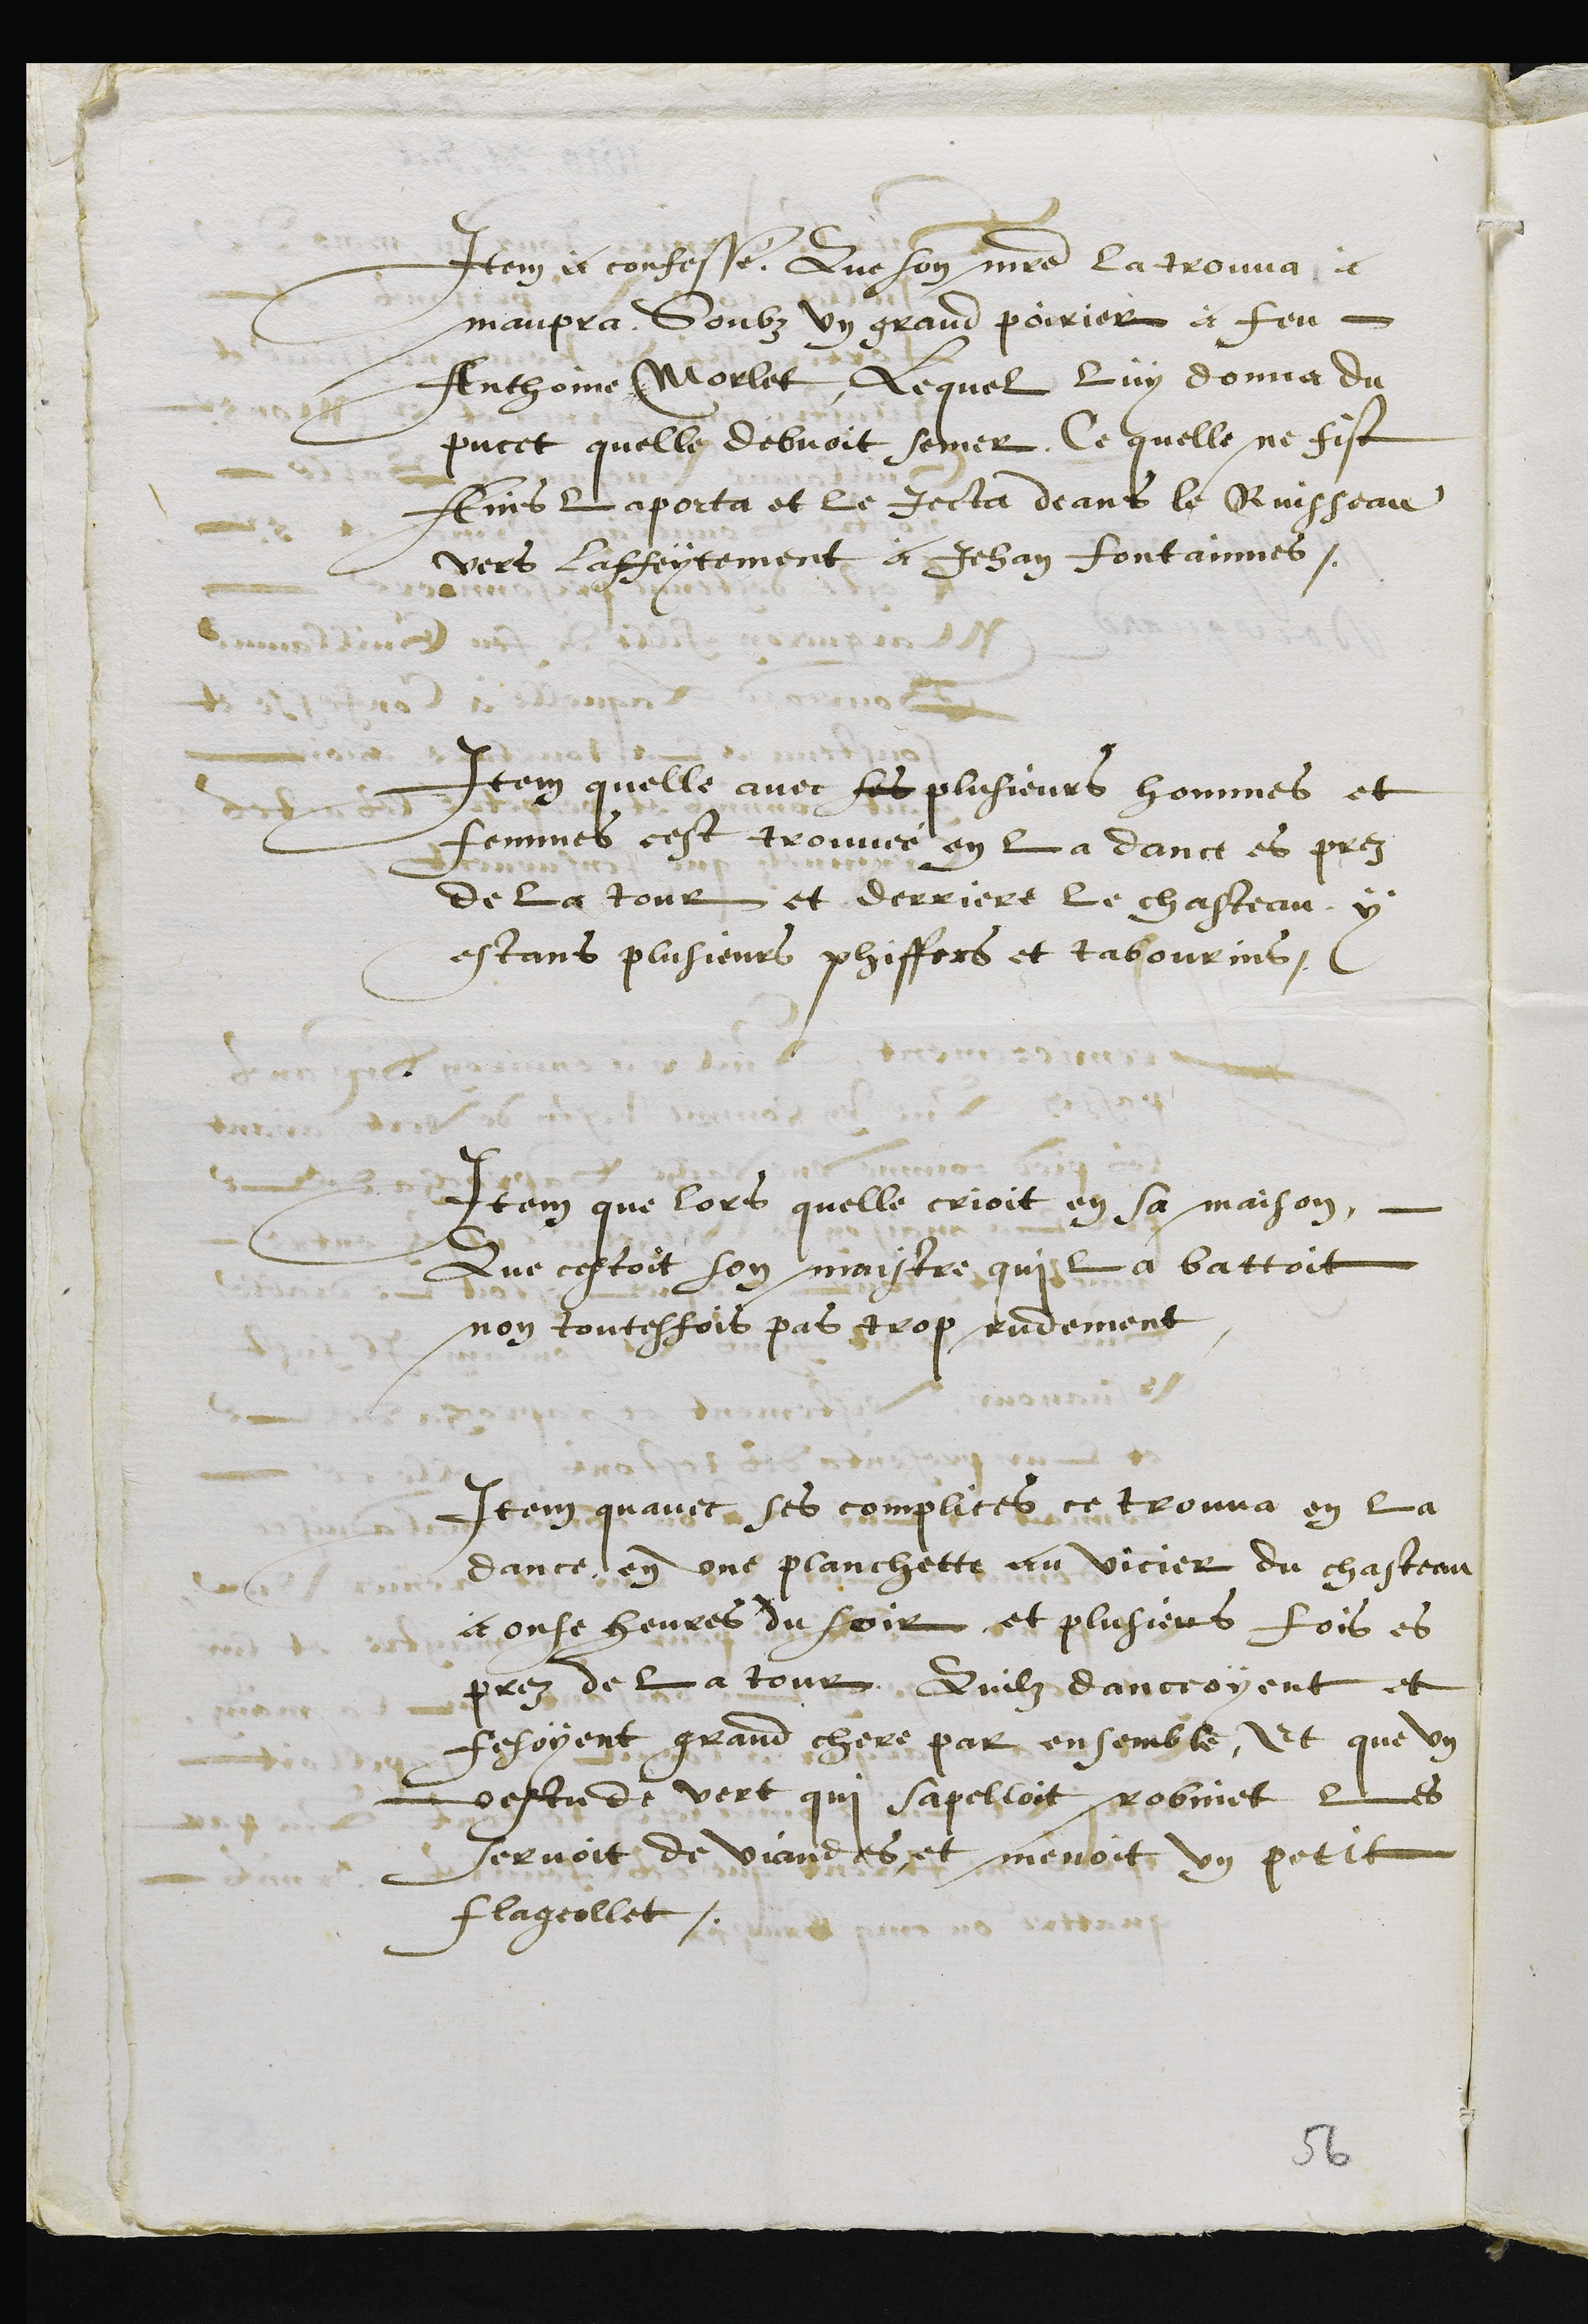
Item a confessé Que son maitre la trouva à
maupra soubz un grand poirier à feu
Anthoine Morlet, Lequel luy donna du
pucet quelle debvoit semer, Ce quelle ne fist
Ains laporta et le jecta deans le Ruisseau
vers laffeytement a Jehan fontainnes.
Item quelle avec ses plusieurs hommes et
femmes cest trouvée en la dance es prez
de la tour et derriere le chasteau, y
estans plusieurs phiffers et tabourins.
Item que lors quelle crioit en sa maison
Que cestoit son maistre qui la battoit
non toutesfois pas trop rudement
Item quavec ses complices, ce trouva en la
dance en une planchette au vicier du chasteau
a onse heures du soir et plusieurs fois es
prez de la tour, Quilz danceoyent et
fesoyent grand chere par ensemble, Et que un
vestu de vert qui sapelloit robinet les
servoit de viandes et menoit un petit
Flageollet.
56